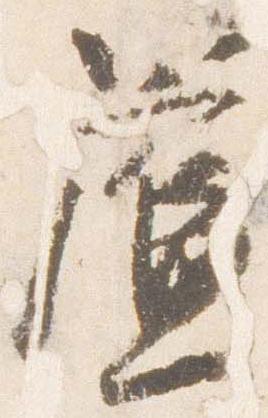
簾